65_HS1-834228961_62-HQ-83894_Section_6
Agency: FBI
Page 43
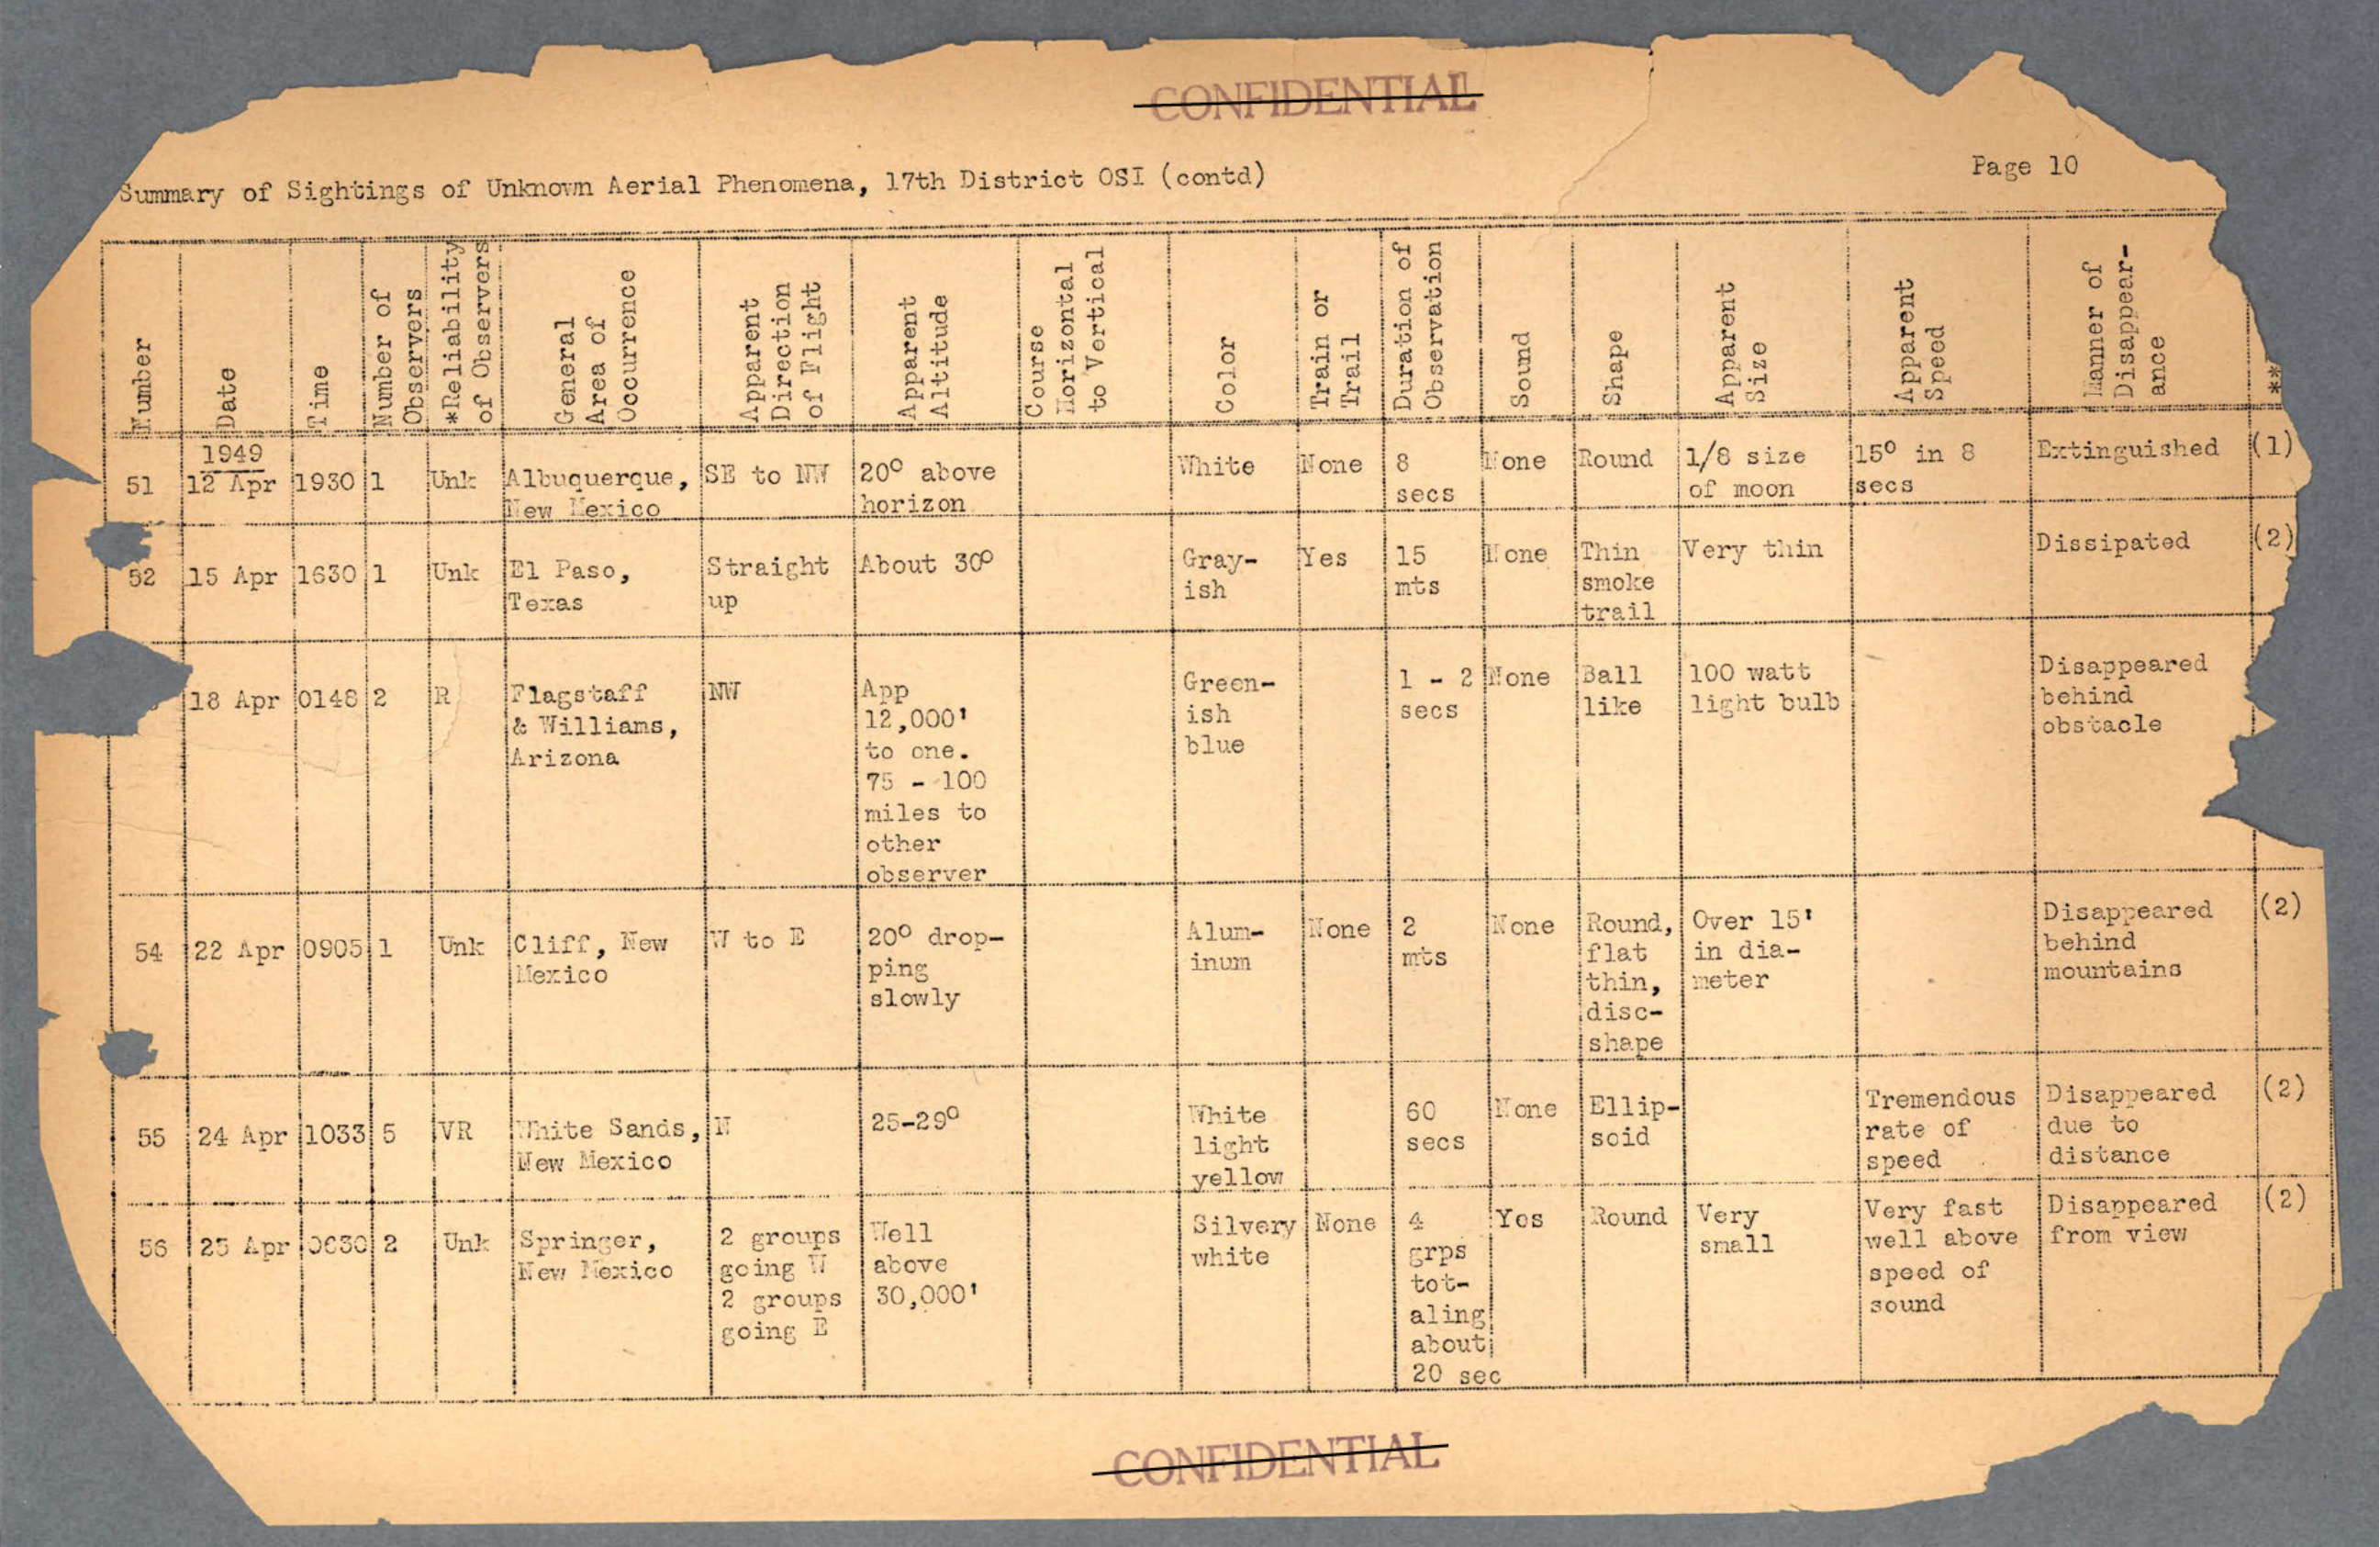